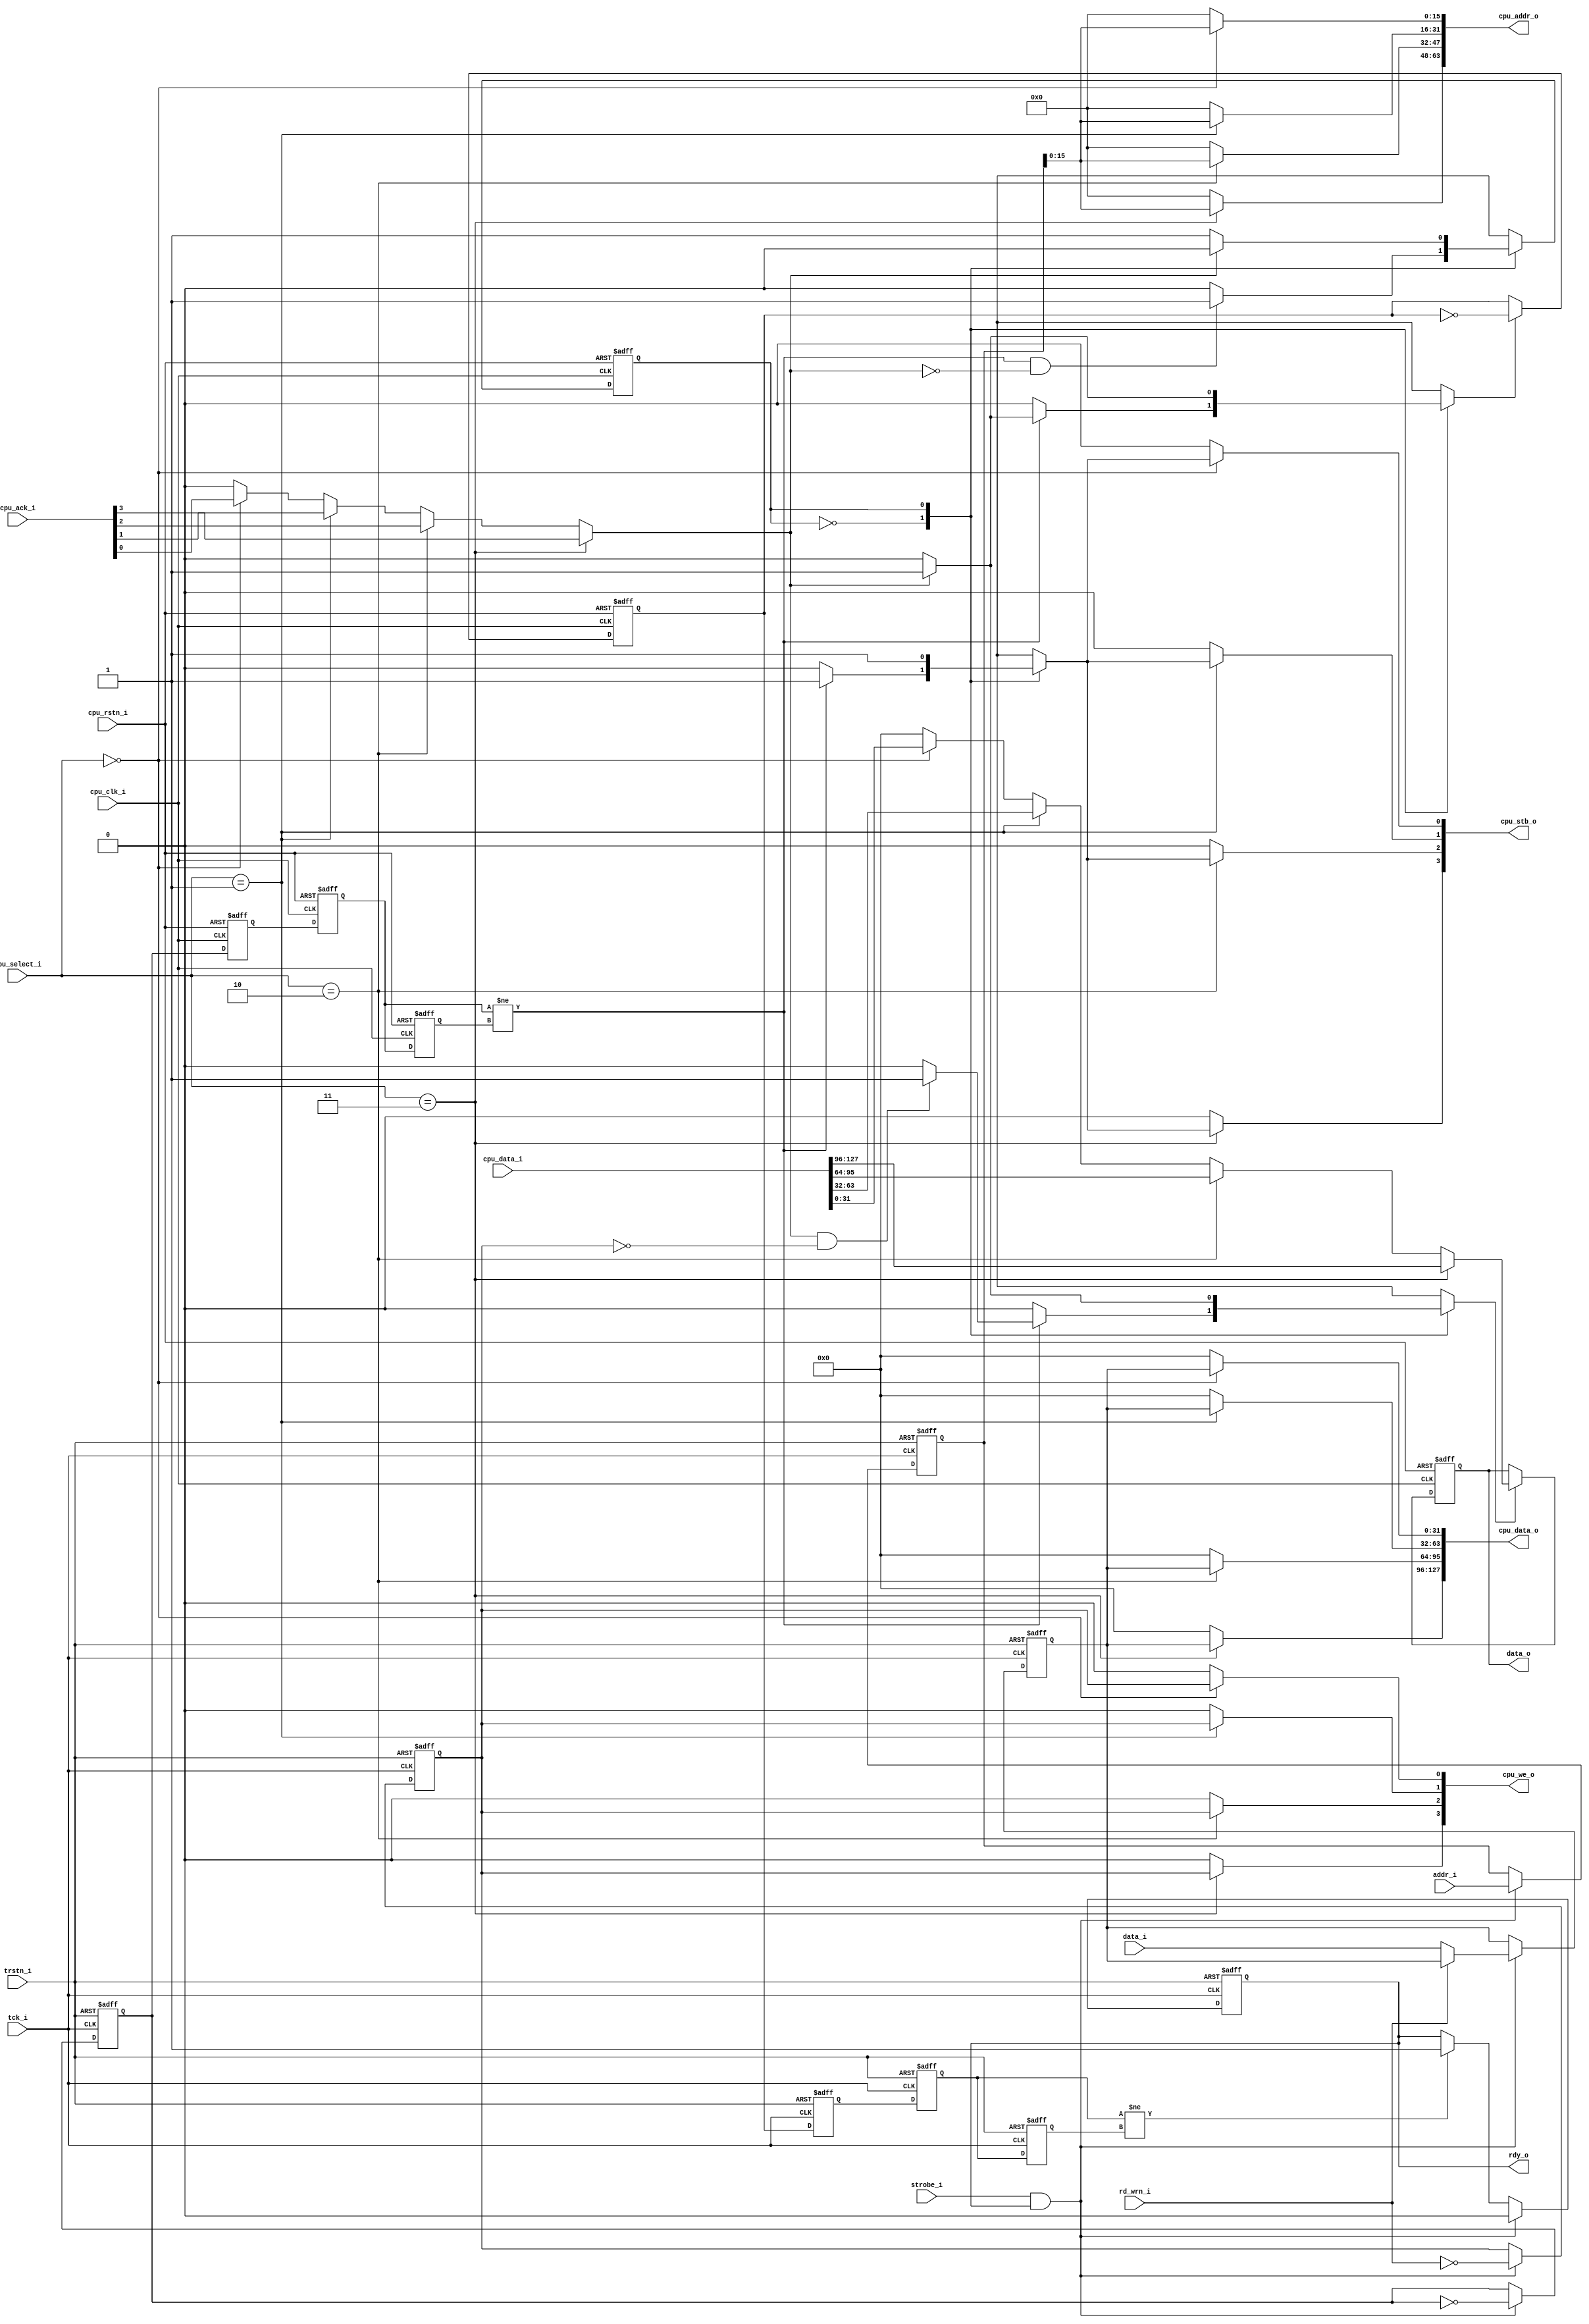
module adbg_or1k_biu 
#( 
		parameter NB_CORES = 4
    )
(
	tck_i,
	trstn_i,
	cpu_select_i,
	data_i,
	data_o,
	addr_i,
	strobe_i,
	rd_wrn_i,
	rdy_o,
	cpu_clk_i,
	cpu_rstn_i,
	cpu_addr_o,
	cpu_data_i,
	cpu_data_o,
	cpu_stb_o,
	cpu_we_o,
	cpu_ack_i
);
	//parameter NB_CORES = 4;
	input wire tck_i;
	input wire trstn_i;
	input wire [3:0] cpu_select_i;
	input wire [31:0] data_i;
	output wire [31:0] data_o;
	input wire [31:0] addr_i;
	input wire strobe_i;
	input wire rd_wrn_i;
	output reg rdy_o;
	input wire cpu_clk_i;
	input wire cpu_rstn_i;
	output reg [(NB_CORES * 16) - 1:0] cpu_addr_o;
	input wire [(NB_CORES * 32) - 1:0] cpu_data_i;
	output reg [(NB_CORES * 32) - 1:0] cpu_data_o;
	output reg [NB_CORES - 1:0] cpu_stb_o;
	output reg [NB_CORES - 1:0] cpu_we_o;
	input wire [NB_CORES - 1:0] cpu_ack_i;
	reg [31:0] cpu_data_int;
	reg cpu_ack_int;
	reg cpu_stb_int;
	reg [31:0] addr_reg;
	reg [31:0] data_in_reg;
	reg [31:0] data_out_reg;
	reg wr_reg;
	reg str_sync;
	reg rdy_sync;
	reg rdy_sync_tff1;
	reg rdy_sync_tff2;
	reg rdy_sync_tff2q;
	reg str_sync_wbff1;
	reg str_sync_wbff2;
	reg str_sync_wbff2q;
	reg data_o_en;
	reg rdy_sync_en;
	wire start_toggle;
	wire valid_selection;
	assign valid_selection = (cpu_select_i < NB_CORES ? 1'b1 : 1'b0);
	always @(posedge tck_i or negedge trstn_i)
		if (~trstn_i) begin
			addr_reg <= 32'h00000000;
			data_in_reg <= 32'h00000000;
			wr_reg <= 1'b0;
		end
		else if (strobe_i && rdy_o) begin
			addr_reg <= addr_i;
			if (!rd_wrn_i)
				data_in_reg <= data_i;
			wr_reg <= ~rd_wrn_i;
		end
	always @(posedge tck_i or negedge trstn_i)
		if (~trstn_i)
			str_sync <= 1'b0;
		else if (strobe_i && rdy_o)
			str_sync <= ~str_sync;
	always @(posedge tck_i or negedge trstn_i)
		if (~trstn_i) begin
			rdy_sync_tff1 <= 1'b0;
			rdy_sync_tff2 <= 1'b0;
			rdy_sync_tff2q <= 1'b0;
			rdy_o <= 1'b1;
		end
		else begin
			rdy_sync_tff1 <= rdy_sync;
			rdy_sync_tff2 <= rdy_sync_tff1;
			rdy_sync_tff2q <= rdy_sync_tff2;
			if (strobe_i && rdy_o)
				rdy_o <= 1'b0;
			else if (rdy_sync_tff2 != rdy_sync_tff2q)
				rdy_o <= 1'b1;
		end
	assign data_o = data_out_reg;
	always @(*) begin : sv2v_autoblock_1
		reg signed [31:0] i;
		for (i = 0; i < NB_CORES; i = i + 1)
			if (cpu_select_i == i) begin
				cpu_data_o[i * 32+:32] = data_in_reg;
				cpu_we_o[i] = wr_reg;
				cpu_addr_o[i * 16+:16] = addr_reg;
				cpu_stb_o[i] = cpu_stb_int;
			end
			else begin
				cpu_data_o[i * 32+:32] = 'h0;
				cpu_we_o[i] = 1'b0;
				cpu_addr_o[i * 16+:16] = 'h0;
				cpu_stb_o[i] = 1'b0;
			end
	end
	always @(*) begin
		cpu_data_int = 'h0;
		cpu_ack_int = 1'b0;
		begin : sv2v_autoblock_2
			reg signed [31:0] i;
			for (i = 0; i < NB_CORES; i = i + 1)
				if (cpu_select_i == i) begin
					cpu_data_int = cpu_data_i[i * 32+:32];
					cpu_ack_int = cpu_ack_i[i];
				end
		end
	end
	always @(posedge cpu_clk_i or negedge cpu_rstn_i)
		if (~cpu_rstn_i) begin
			str_sync_wbff1 <= 1'b0;
			str_sync_wbff2 <= 1'b0;
			str_sync_wbff2q <= 1'b0;
		end
		else begin
			str_sync_wbff1 <= str_sync;
			str_sync_wbff2 <= str_sync_wbff1;
			str_sync_wbff2q <= str_sync_wbff2;
		end
	assign start_toggle = str_sync_wbff2 != str_sync_wbff2q;
	always @(posedge cpu_clk_i or negedge cpu_rstn_i)
		if (~cpu_rstn_i)
			data_out_reg <= 32'h00000000;
		else if (data_o_en)
			data_out_reg <= cpu_data_int;
	always @(posedge cpu_clk_i or negedge cpu_rstn_i)
		if (~cpu_rstn_i)
			rdy_sync <= 1'b0;
		else if (rdy_sync_en)
			rdy_sync <= ~rdy_sync;
	reg cpu_fsm_state;
	reg next_fsm_state;
	always @(posedge cpu_clk_i or negedge cpu_rstn_i)
		if (~cpu_rstn_i)
			cpu_fsm_state <= 1'h0;
		else
			cpu_fsm_state <= next_fsm_state;
	always @(cpu_fsm_state or start_toggle or cpu_ack_int)
		case (cpu_fsm_state)
			1'h0:
				if (start_toggle && !cpu_ack_int)
					next_fsm_state <= 1'h1;
				else
					next_fsm_state <= 1'h0;
			1'h1:
				if (cpu_ack_int)
					next_fsm_state <= 1'h0;
				else
					next_fsm_state <= 1'h1;
		endcase
	always @(cpu_fsm_state or start_toggle or cpu_ack_int or wr_reg) begin
		rdy_sync_en = 1'b0;
		data_o_en = 1'b0;
		cpu_stb_int = 1'b0;
		case (cpu_fsm_state)
			1'h0:
				if (start_toggle) begin
					cpu_stb_int = 1'b1;
					if (cpu_ack_int)
						rdy_sync_en = 1'b1;
					if (cpu_ack_int && !wr_reg)
						data_o_en = 1'b1;
				end
			1'h1: begin
				cpu_stb_int = 1'b1;
				if (cpu_ack_int) begin
					data_o_en = 1'b1;
					rdy_sync_en = 1'b1;
				end
			end
		endcase
	end
endmodule